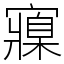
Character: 寱